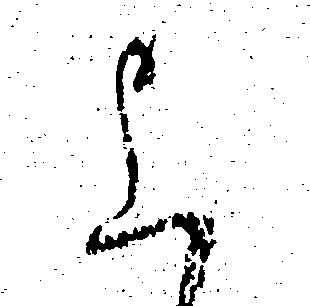
上